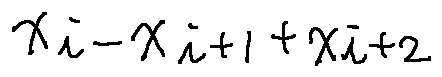
x _ { i } - x _ { i + 1 } + x _ { i + 2 }